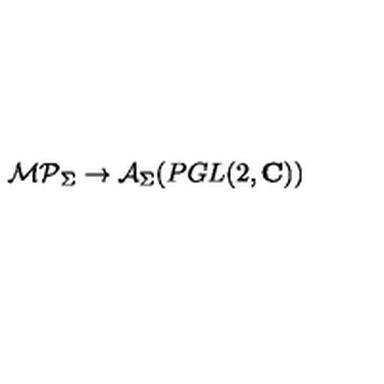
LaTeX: { \cal M P } _ { \Sigma } \rightarrow { \cal A } _ { \Sigma } ( P G L ( 2 , { \bf C } ) )